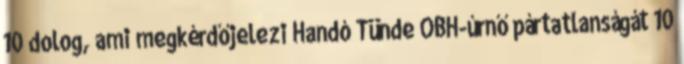
10 dolog, ami megkérdőjelezi Handó Tünde OBH-úrnő pártatlanságát 10